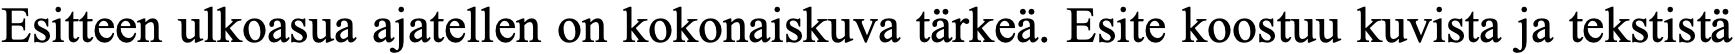
Esitteen ulkoasua ajatellen on kokonaiskuva tärkeä. Esite koostuu kuvista ja tekstistä